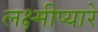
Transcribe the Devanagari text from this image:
लक्ष्मीप्यारे